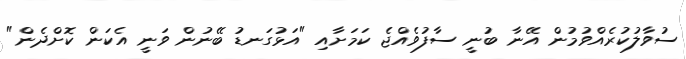
ސުވާލުކުރެއްވުމުން އޭނާ ބުނީ ސާފުވެއްޖެ ކަމަށާއި "އަޅުގަނޑު ބޭނުން ވަނީ އެކަން ކޮށްދެން"